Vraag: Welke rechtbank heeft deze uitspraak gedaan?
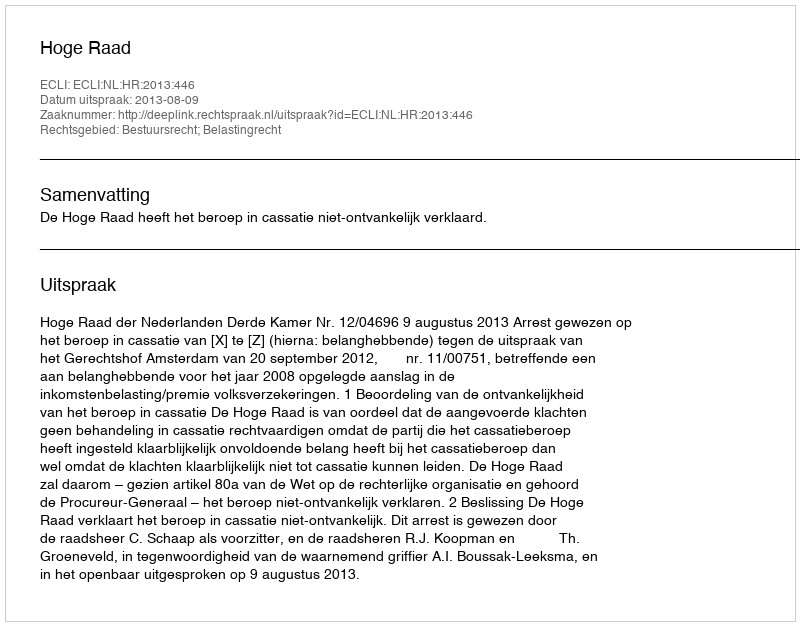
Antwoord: Hoge Raad